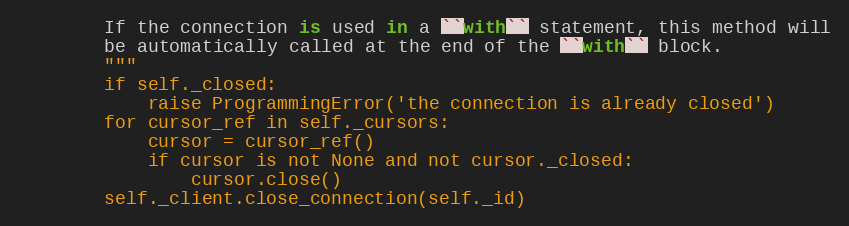
Language: Python
        If the connection is used in a ``with`` statement, this method will
        be automatically called at the end of the ``with`` block.
        """
        if self._closed:
            raise ProgrammingError('the connection is already closed')
        for cursor_ref in self._cursors:
            cursor = cursor_ref()
            if cursor is not None and not cursor._closed:
                cursor.close()
        self._client.close_connection(self._id)